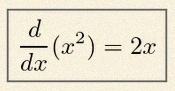
\frac{d}{dx}(x^2)=2x